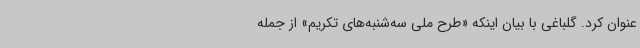
عنوان کرد. گلباغی با بیان اینکه «طرح ملی سه‌شنبه‌های تکریم» از جمله